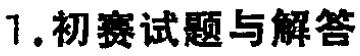
1. 初赛试题与解答